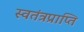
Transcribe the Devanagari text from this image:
स्वतंत्रप्राप्ति